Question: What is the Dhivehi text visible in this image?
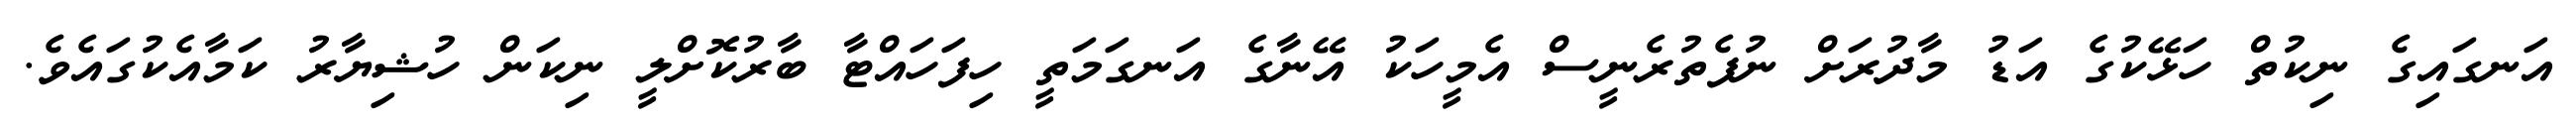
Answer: އަނގައިގެ ނިކުތް ހަޅޭކުގެ އަޑު މާދުރަށް ނުފެތުރެނީސް އެމީހަކު އޭނާގެ އަނގަމަތީ ހިފަހައްޓާ ބާރުކޮށްލީ ނިކަން ހުޝިޔާރު ކަމާއެކުގައެވެ.